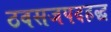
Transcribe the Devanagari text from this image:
ठवसजपदहद्ध